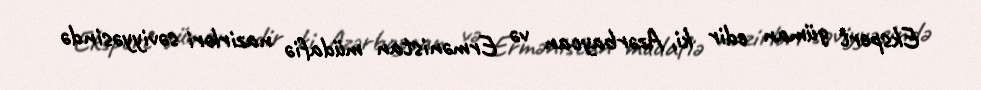
Ekspert güman edir ki, Azərbaycan və Ermənistan müdafiə nazirləri səviyyəsində